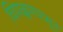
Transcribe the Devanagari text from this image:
चिपळूणपासून